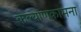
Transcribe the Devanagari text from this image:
कल्याणकामना